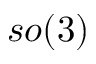
s o ( 3 )